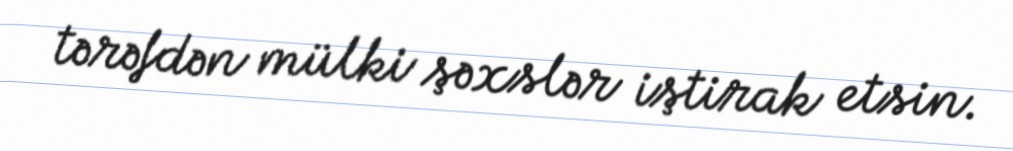
tərəfdən mülki şəxslər iştirak etsin.